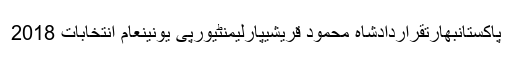
پاکستانبھارتقراردادشاہ محمود قریشیپارلیمنٹیورپی یونینعام انتخابات 2018